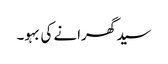
سید گھرانے کی بہو۔